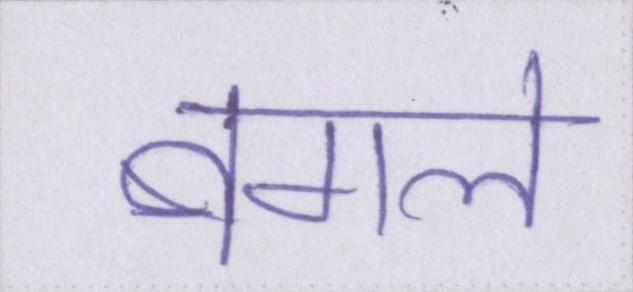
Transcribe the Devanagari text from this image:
बगले